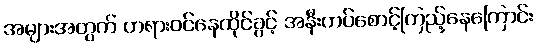
အများအတွက် တရားဝင်နေထိုင်ခွင့် အနီးကပ်စောင့်ကြည့်နေကြောင်း